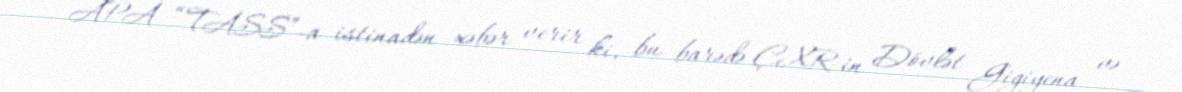
APA “TASS”-a istinadən xəbər verir ki, bu barədə ÇXR-in Dövlət Gigiyena və